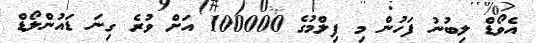
އެވޯޑް ލިބުނު ފަހުން މި ފިލްމުގެ 100000 އަށް ވުރެ ގިނަ ޑައުންލޯޑް